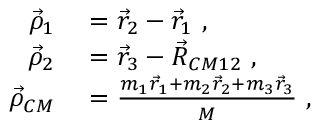
\begin{array} { r l } { \vec { \rho } _ { 1 } } & { { } = \vec { r } _ { 2 } - \vec { r } _ { 1 } ~ , } \\ { \vec { \rho } _ { 2 } } & { { } = \vec { r } _ { 3 } - \vec { R } _ { C M 1 2 } ~ , } \\ { \vec { \rho } _ { C M } } & { { } = \frac { m _ { 1 } \vec { r } _ { 1 } + m _ { 2 } \vec { r } _ { 2 } + m _ { 3 } \vec { r } _ { 3 } } { M } ~ , } \end{array}